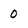
Character: O